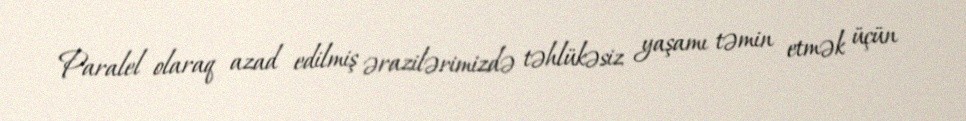
Paralel olaraq azad edilmiş ərazilərimizdə təhlükəsiz yaşamı təmin etmək üçün